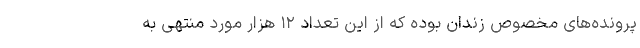
پرونده‌های مخصوص زندان بوده که از این تعداد ۱۲ هزار مورد منتهی به